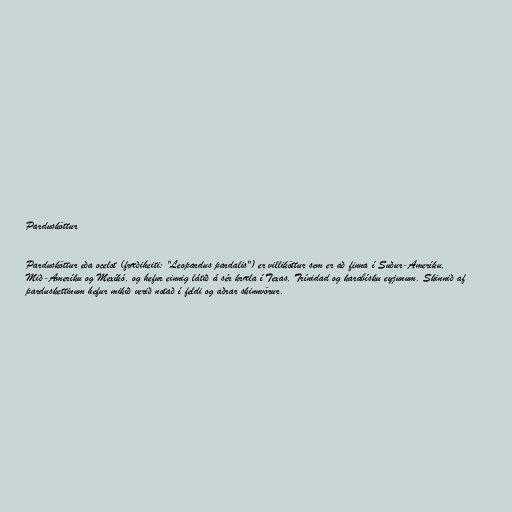
Pardusköttur

Pardusköttur eða ocelot (fræðiheiti: "Leopardus pardalis") er villiköttur sem er að finna í Suður-Ameríku,
Mið-Ameríku og Mexíkó, og hefur einnig látið á sér kræla í Texas, Trínidad og karabísku eyjunum. Skinnið af
parduskettinum hefur mikið verið notað í feldi og aðrar skinnvörur.